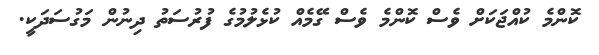
ކޮންމެ ކުއްޖަކަށް ވެސް ކޮންމެ ވެސް ގޭމެއް ކުޅެލުމުގެ ފުރުސަތު ދިނުން މަގުސަދަކީ.